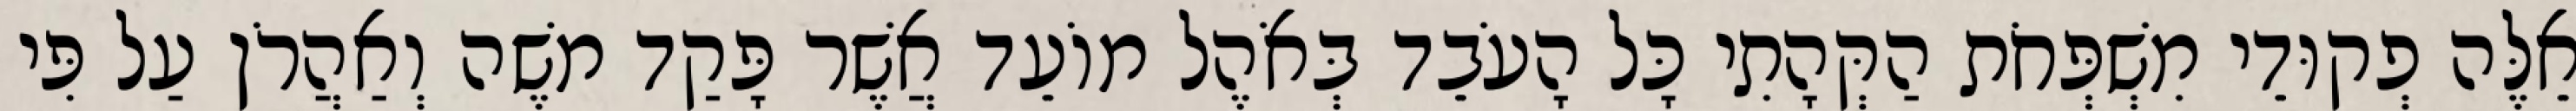
אֵלֶּה פְקוּדֵי מִשְׁפְּחֹת הַקְּהָתִי כָּל הָעֹבֵד בְּאֹהֶל מוֹעֵד אֲשֶׁר פָּקַד משֶׁה וְאַהֲרֹן עַל פִּי